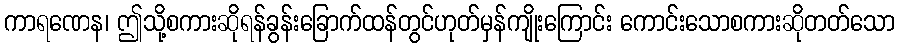
ကာရဏေန၊ ဤသို့စကားဆိုရန်ခွန်းခြောက်ထန်တွင်ဟုတ်မှန်ကျိုးကြောင်း ကောင်းသောစကားဆိုတတ်သော